Assam Mental Hospital (Tezpur, India) - 1933-1948
Year: 1933
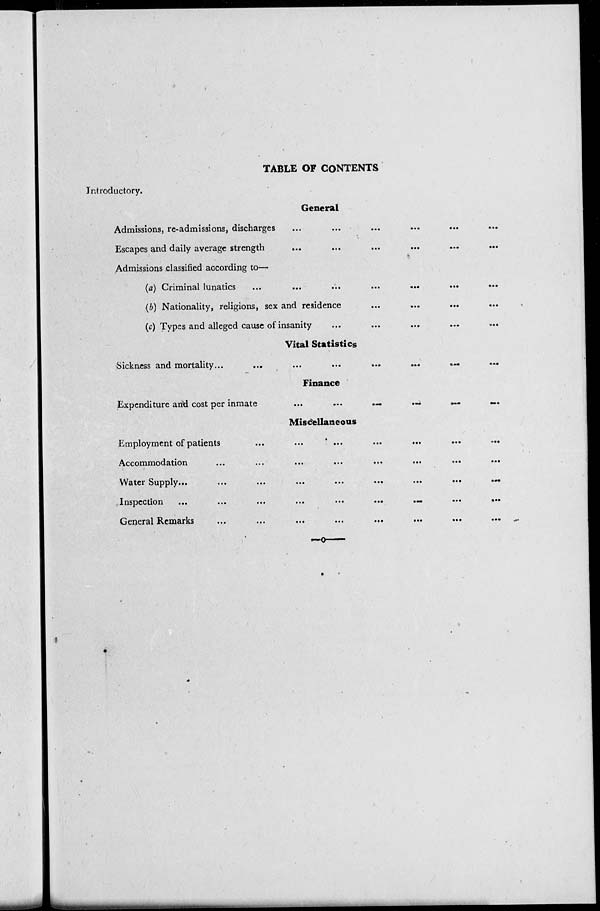
TABLE OF CONTENTS
Introductory.
General
Admissions, re-admissions, discharges ... ... ... ... ... ...
Escapes and daily average strength
...
...
...
...
...
...
Admissions classified according to—
(a) Criminal lunatics
...
...
...
...
...
...
...
(b) Nationality, religions, sex and residence ... ... ... ...
(c) Types and alleged cause of insanity ... ... ... ... ...
Vital Statistics
Sickness and mortality...
...
...
...
...
...
...
...
Finance
Expenditure and cost per inmate
...
...
...
...
...
Miscellaneous
Employment of patients ... ... ... ... ... ... ...
Accommodation
...
...
...
...
...
...
...
...
Water Supply ...
...
...
...
...
...
...
...
...
Inspection
...
...
...
...
...
...
...
...
...
General Remarks
...
...
...
...
...
...
...
...